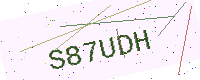
Text: S87UDH